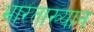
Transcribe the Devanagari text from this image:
भारताख्यान